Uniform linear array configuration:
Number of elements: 16
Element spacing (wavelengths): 0.25
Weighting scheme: hann
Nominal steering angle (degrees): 0
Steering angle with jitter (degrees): -0.7202
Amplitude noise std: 0.05
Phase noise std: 0.05

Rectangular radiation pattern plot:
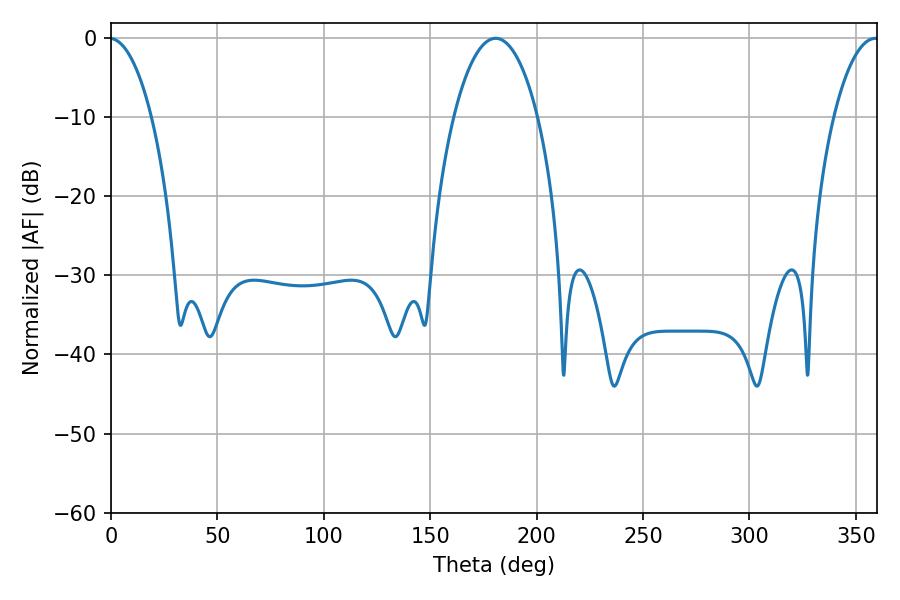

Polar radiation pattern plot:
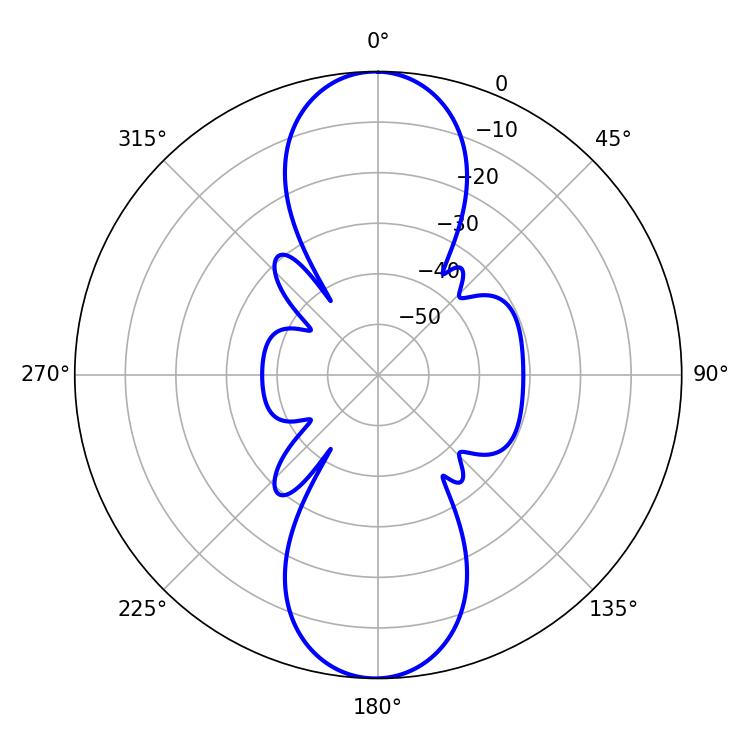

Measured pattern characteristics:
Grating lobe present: FALSE
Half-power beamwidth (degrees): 22.14
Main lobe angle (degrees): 180.72